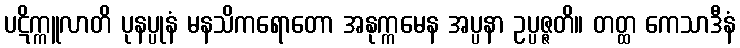
ပဋိက္ကူလာတိ ပုနပ္ပုနံ မနသိကရောတော အနုက္ကမေန အပ္ပနာ ဥပ္ပဇ္ဇတိ။ တတ္ထ ကေသာဒီနံ